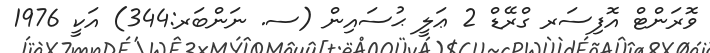
ވޮރަންޓް އޮފިސަރ ގްރޭޑް 2 ޢަލީ ޙުސައިން (ސ. ނަންބަރ:344) އަކީ 1976